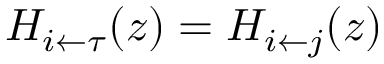
H _ { i \leftarrow \tau } ( z ) = H _ { i \leftarrow j } ( z )